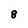
Character: 8